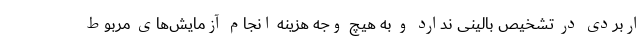
اربردی در تشخیص بالینی ندارد و به هیچ وجه هزینه انجام آزمایش‌های مربوط